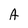
Character: A